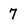
Character: 7